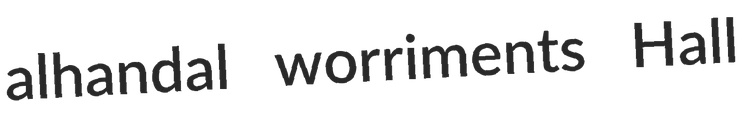
alhandal worriments Hall